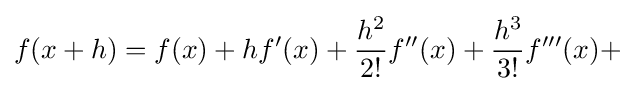
f(x+h)=f(x)+hf'(x)+{\frac {h^{2}}{2!}}f''(x)+{\frac {h^{3}}{3!}}f'''(x)+